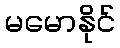
မမောနိုင်